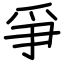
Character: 爭